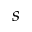
s